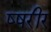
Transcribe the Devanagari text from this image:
ष्षरीर